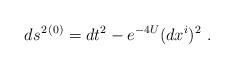
LaTeX: \begin{align*}ds^{2 \,(0)} = dt^2 - e^{-4U} (dx^i)^2\ .\end{align*}